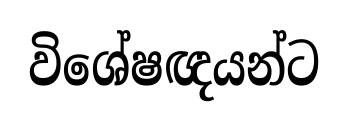
විශේෂඥයන්ට